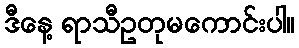
ဒီနေ့ ရာသီဥတုမကောင်းပါ။